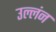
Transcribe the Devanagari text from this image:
उल्लंन